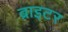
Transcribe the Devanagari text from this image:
ब्राइटर